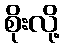
စိုးလို့